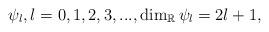
LaTeX: \begin{align*}\psi_{l},l=0,1,2,3,...,\dim_{\mathbb{R}}\psi_{l}=2l+1,\end{align*}